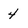
Character: 4